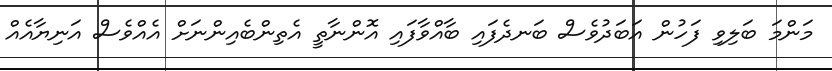
މަންމަ ބަލިވި ފަހުން އަބަދުވެސް ބަނދެފައި ބާއްވާފައި އޮންނާތީ އެތިންބެއިންނަށް އެއްވެސް އަނިޔާއެއް